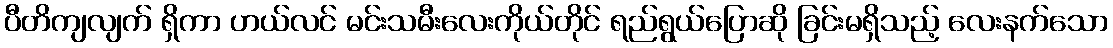
ပီတိကျလျက် ရှိကာ ဟယ်လင် မင်းသမီးလေးကိုယ်တိုင် ရည်ရွယ်ပြောဆို ခြင်းမရှိသည့် လေးနက်သော